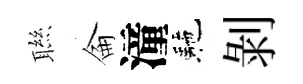
聮侖潼駰剝